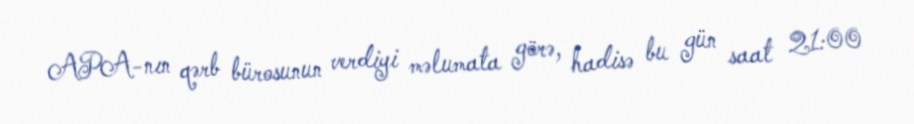
APA-nın qərb bürosunun verdiyi məlumata görə, hadisə bu gün saat 21:00